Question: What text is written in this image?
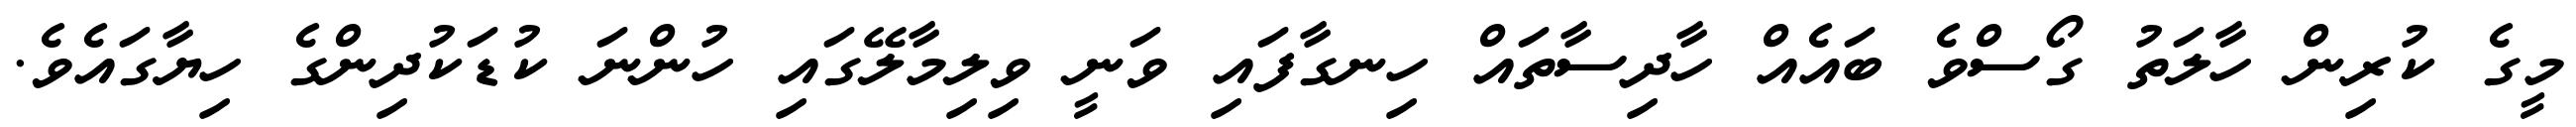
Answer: މީގެ ކުރިން ހާލަތު ގޯސްވެ ބައެއް ހާދިސާތައް ހިނގާފައި ވަނީ ވިލިމާލޭގައި ހުންނަ ކުޑަކުދިންގެ ހިޔާގައެވެ.